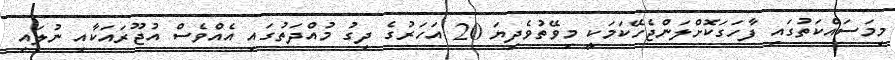
މިމަސައްކަތުގައި ފާހަގަކޮށްލަންޖެހޭކަމަކީ މިވޭތުވެދިޔަ 20 އަހަރުގެ ދިގު މުއްދަތުގައި އެއްވެސް އުޖޫރައަކާއި ނުލައި